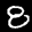
Label: 8